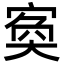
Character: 寏